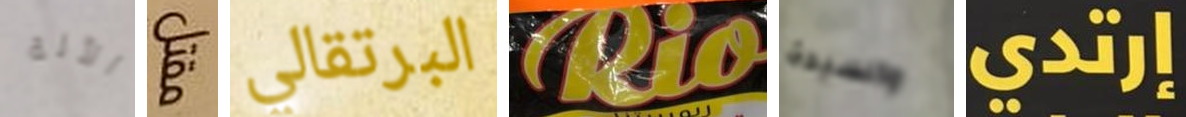
الآلة مقتل البرتقالي Rio والسيدة إرتدي